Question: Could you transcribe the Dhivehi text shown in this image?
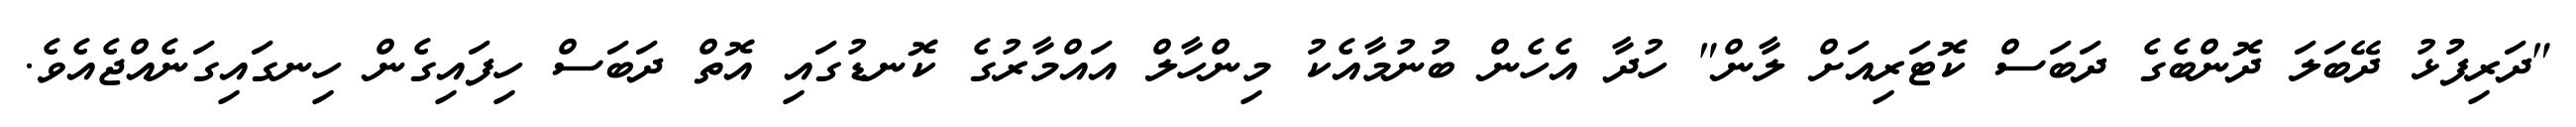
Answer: "ދަރިފުުޅު ދޭބަލަ ދޮންބެގެ ދަބަސް ކޮޓަރިއަށް ލާން" ހުދާ އެހެން ބުނުމާއެކު މިންހާލް އައްމާރުގެ ކޮނޑުގައި އޮތް ދަބަސް ހިފައިގެން ހިނގައިގަނެއްޖެއެވެ.